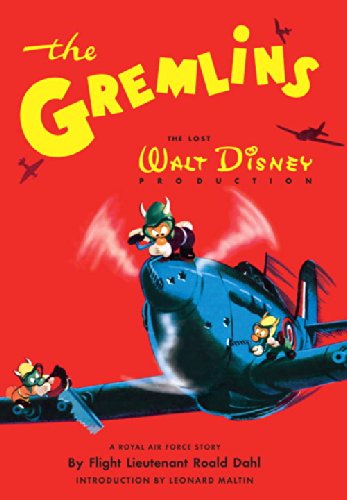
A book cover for The Gremlins; Roald Dahl; Comics & Graphic Novels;